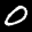
Label: 0